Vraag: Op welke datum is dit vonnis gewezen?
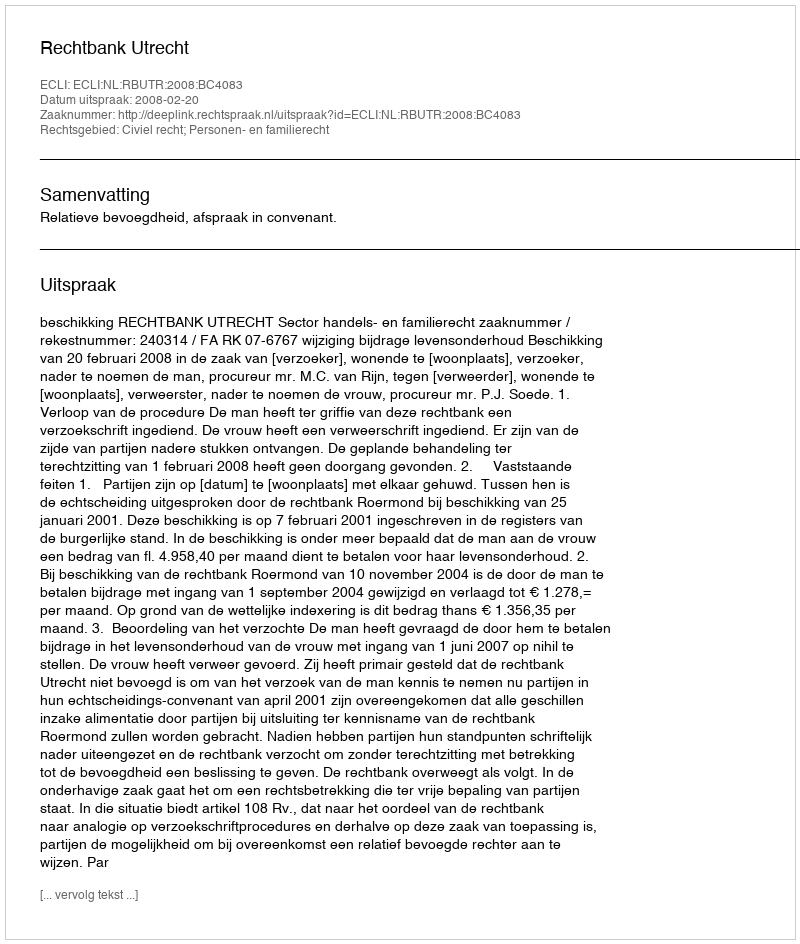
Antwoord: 2008-02-20